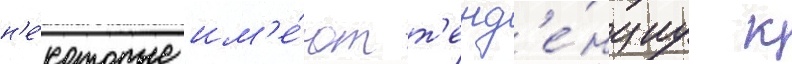
н'е́которые им'е́ют т'енд'е́нциу к